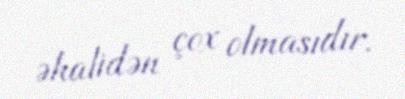
əhalidən çox olmasıdır.